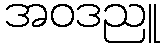
အဝဒညူ